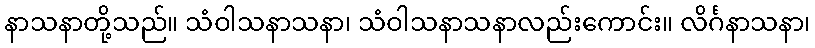
နာသနာတို့သည်။ သံဝါသနာသနာ၊ သံဝါသနာသနာလည်းကောင်း။ လိင်္ဂနာသနာ၊